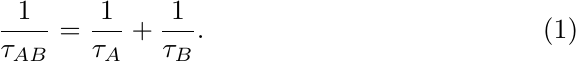
\begin{equation}\label{eq:tauAB}
\frac{1}{\tau_{AB}}=\frac{1}{\tau_A} + \frac{1}{\tau_B}.
\end{equation}